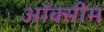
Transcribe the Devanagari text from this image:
ऑक्सीम